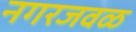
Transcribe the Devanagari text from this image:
नगरजवळ